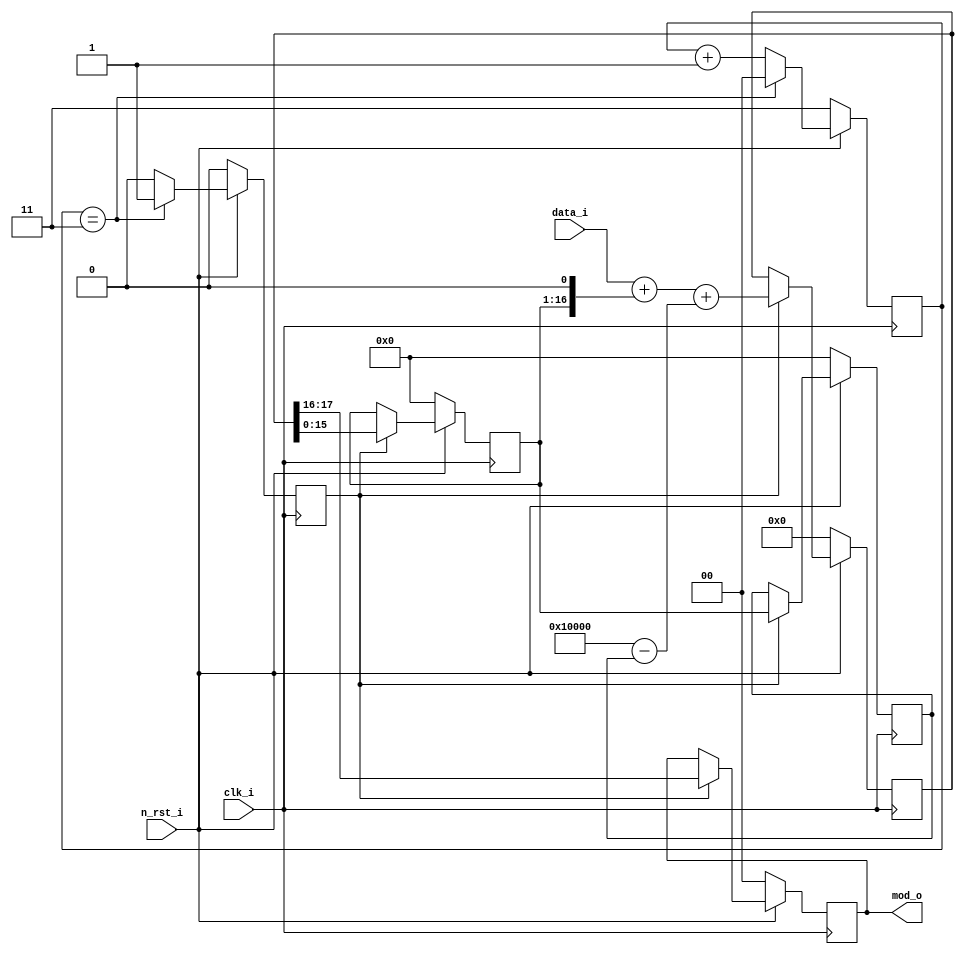
// This program was cloned from: https://github.com/iic-jku/iic-audiodac-v1
// License: Apache License 2.0

// SPDX-FileCopyrightText: 2022 Johannes Kepler University, Institute for 
// Integrated Circuits (H. Pretl, L. Blagojevic, M. Esen, K. Freinberger, 
// M. Golser, M. Hackl, A. Hinterdorfer, O. Kara, D. Kellerer, P. Kotek, 
// J. Mayrhofer, M. Meingast, T. Pankratz, J. Ratschenberger, R. Reddy.Mitta, 
// P. Schmidt, S. Seidl, I. Shala, M. Zbl)
//
// Licensed under the Apache License, Version 2.0 (the "License");
// you may not use this file except in compliance with the License.
// You may obtain a copy of the License at
//
//      http://www.apache.org/licenses/LICENSE-2.0
//
// Unless required by applicable law or agreed to in writing, software
// distributed under the License is distributed on an "AS IS" BASIS,
// WITHOUT WARRANTIES OR CONDITIONS OF ANY KIND, either express or implied.
// See the License for the specific language governing permissions and
// limitations under the License.
// SPDX-License-Identifier: Apache-2.0

`ifndef _SECOND_ORDER_MODULATOR_
`define _SECOND_ORDER_MODULATOR_

// second order delta-sigma modulator, stage 1
module stud_second_order_modulator
#(
    parameter BITWIDTH = 16             // audio data input width
)
(
    input n_rst_i,                      // active low synchronous reset
    input clk_i,                        // clock input

    input [BITWIDTH - 1 : 0] data_i,    // audio data input (unsigned)

    output reg [1 : 0] mod_o            // 2 bit modulator output
);

// counter to realize fs / 4 sampling rate
reg [1 : 0] counter;
reg [1 : 0] counter_next;

// sampling strobe, triggered every 4 cycles
reg sampling_strb;
reg sampling_strb_next;

// feedback line 1
reg [BITWIDTH - 1 : 0] fb1;
reg [BITWIDTH - 1 : 0] fb1_next;

// feedback line 2
reg [BITWIDTH - 1 : 0] fb2;
reg [BITWIDTH - 1 : 0] fb2_next;

// accumulator
reg [BITWIDTH + 1: 0] acc;
reg [BITWIDTH + 1: 0] acc_next;

// modulator output
reg [1 : 0] mod_next;

// counter and sampling strobe combinatorics
always @* begin
    // default assignments
    counter_next = counter;
    sampling_strb_next = 1'b0;

    if (counter == 2'd3) begin
        // reset counter on overflow and trigger strobe
        counter_next = 2'b0;
        sampling_strb_next = 1'b1;
    end else begin
        // increment counter
        counter_next = counter + 2'd1;
    end
end

// modulator combinatorics
always @* begin
    // default assignments
    fb1_next = fb1;
    fb2_next = fb2;
    acc_next = acc;
    mod_next = mod_o;

    // only update registers every sampling interval (4 clock cycles)
    if (sampling_strb) begin
        // fb2 is the (n - 2) least significant bits of the accumulator
        // delayed by 2 sampling intervals (8 clock cycles)
        fb2_next = fb1;

        // fb1 is the (n - 2) least significant bits of the accumulator
        // delayed by 1 sampling interval (4 clock cycles)
        fb1_next = acc[BITWIDTH - 1 : 0];

        // accumulator value = audio data input + 2 * fb1 + (-1) * fb2
        // in order to prevent underflows, an offset of 2 ^ BITWIDTH has to be added to (-1) * fb2
        acc_next = {2'b0, data_i} + ({2'b0, fb1} << 1) + {1'b0, {1'b1, {BITWIDTH {1'b0}}} - {1'b0, fb2}};

        // 2 most significant bits of the accumulator become the output
        mod_next = acc[BITWIDTH + 1 : BITWIDTH];
    end
end

// registers
always @(posedge clk_i) begin
    if (!n_rst_i) begin
        // synchronously reset register values
        counter <= 2'd3; // ensure counter overflow at the start
        sampling_strb <= 1'b0;

        fb1 <= {BITWIDTH {1'b0}};
        fb2 <= {BITWIDTH {1'b0}};
        acc <= {BITWIDTH + 2 {1'b0}};
        mod_o <= 2'b0;
    end else begin
        counter <= counter_next;
        sampling_strb <= sampling_strb_next;

        fb1 <= fb1_next;
        fb2 <= fb2_next;
        acc <= acc_next;

        mod_o <= mod_next;
    end
end

endmodule

`endif